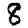
Digit: 8